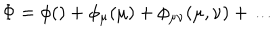
LaTeX: \Phi = \phi ( ) + \phi _ { \mu } ( \mu ) + \phi _ { \mu \nu } ( \mu , \nu ) + \ldots